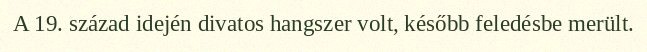
A 19. század idején divatos hangszer volt, később feledésbe merült.